Laimjala_vallavalitsus, lk 37
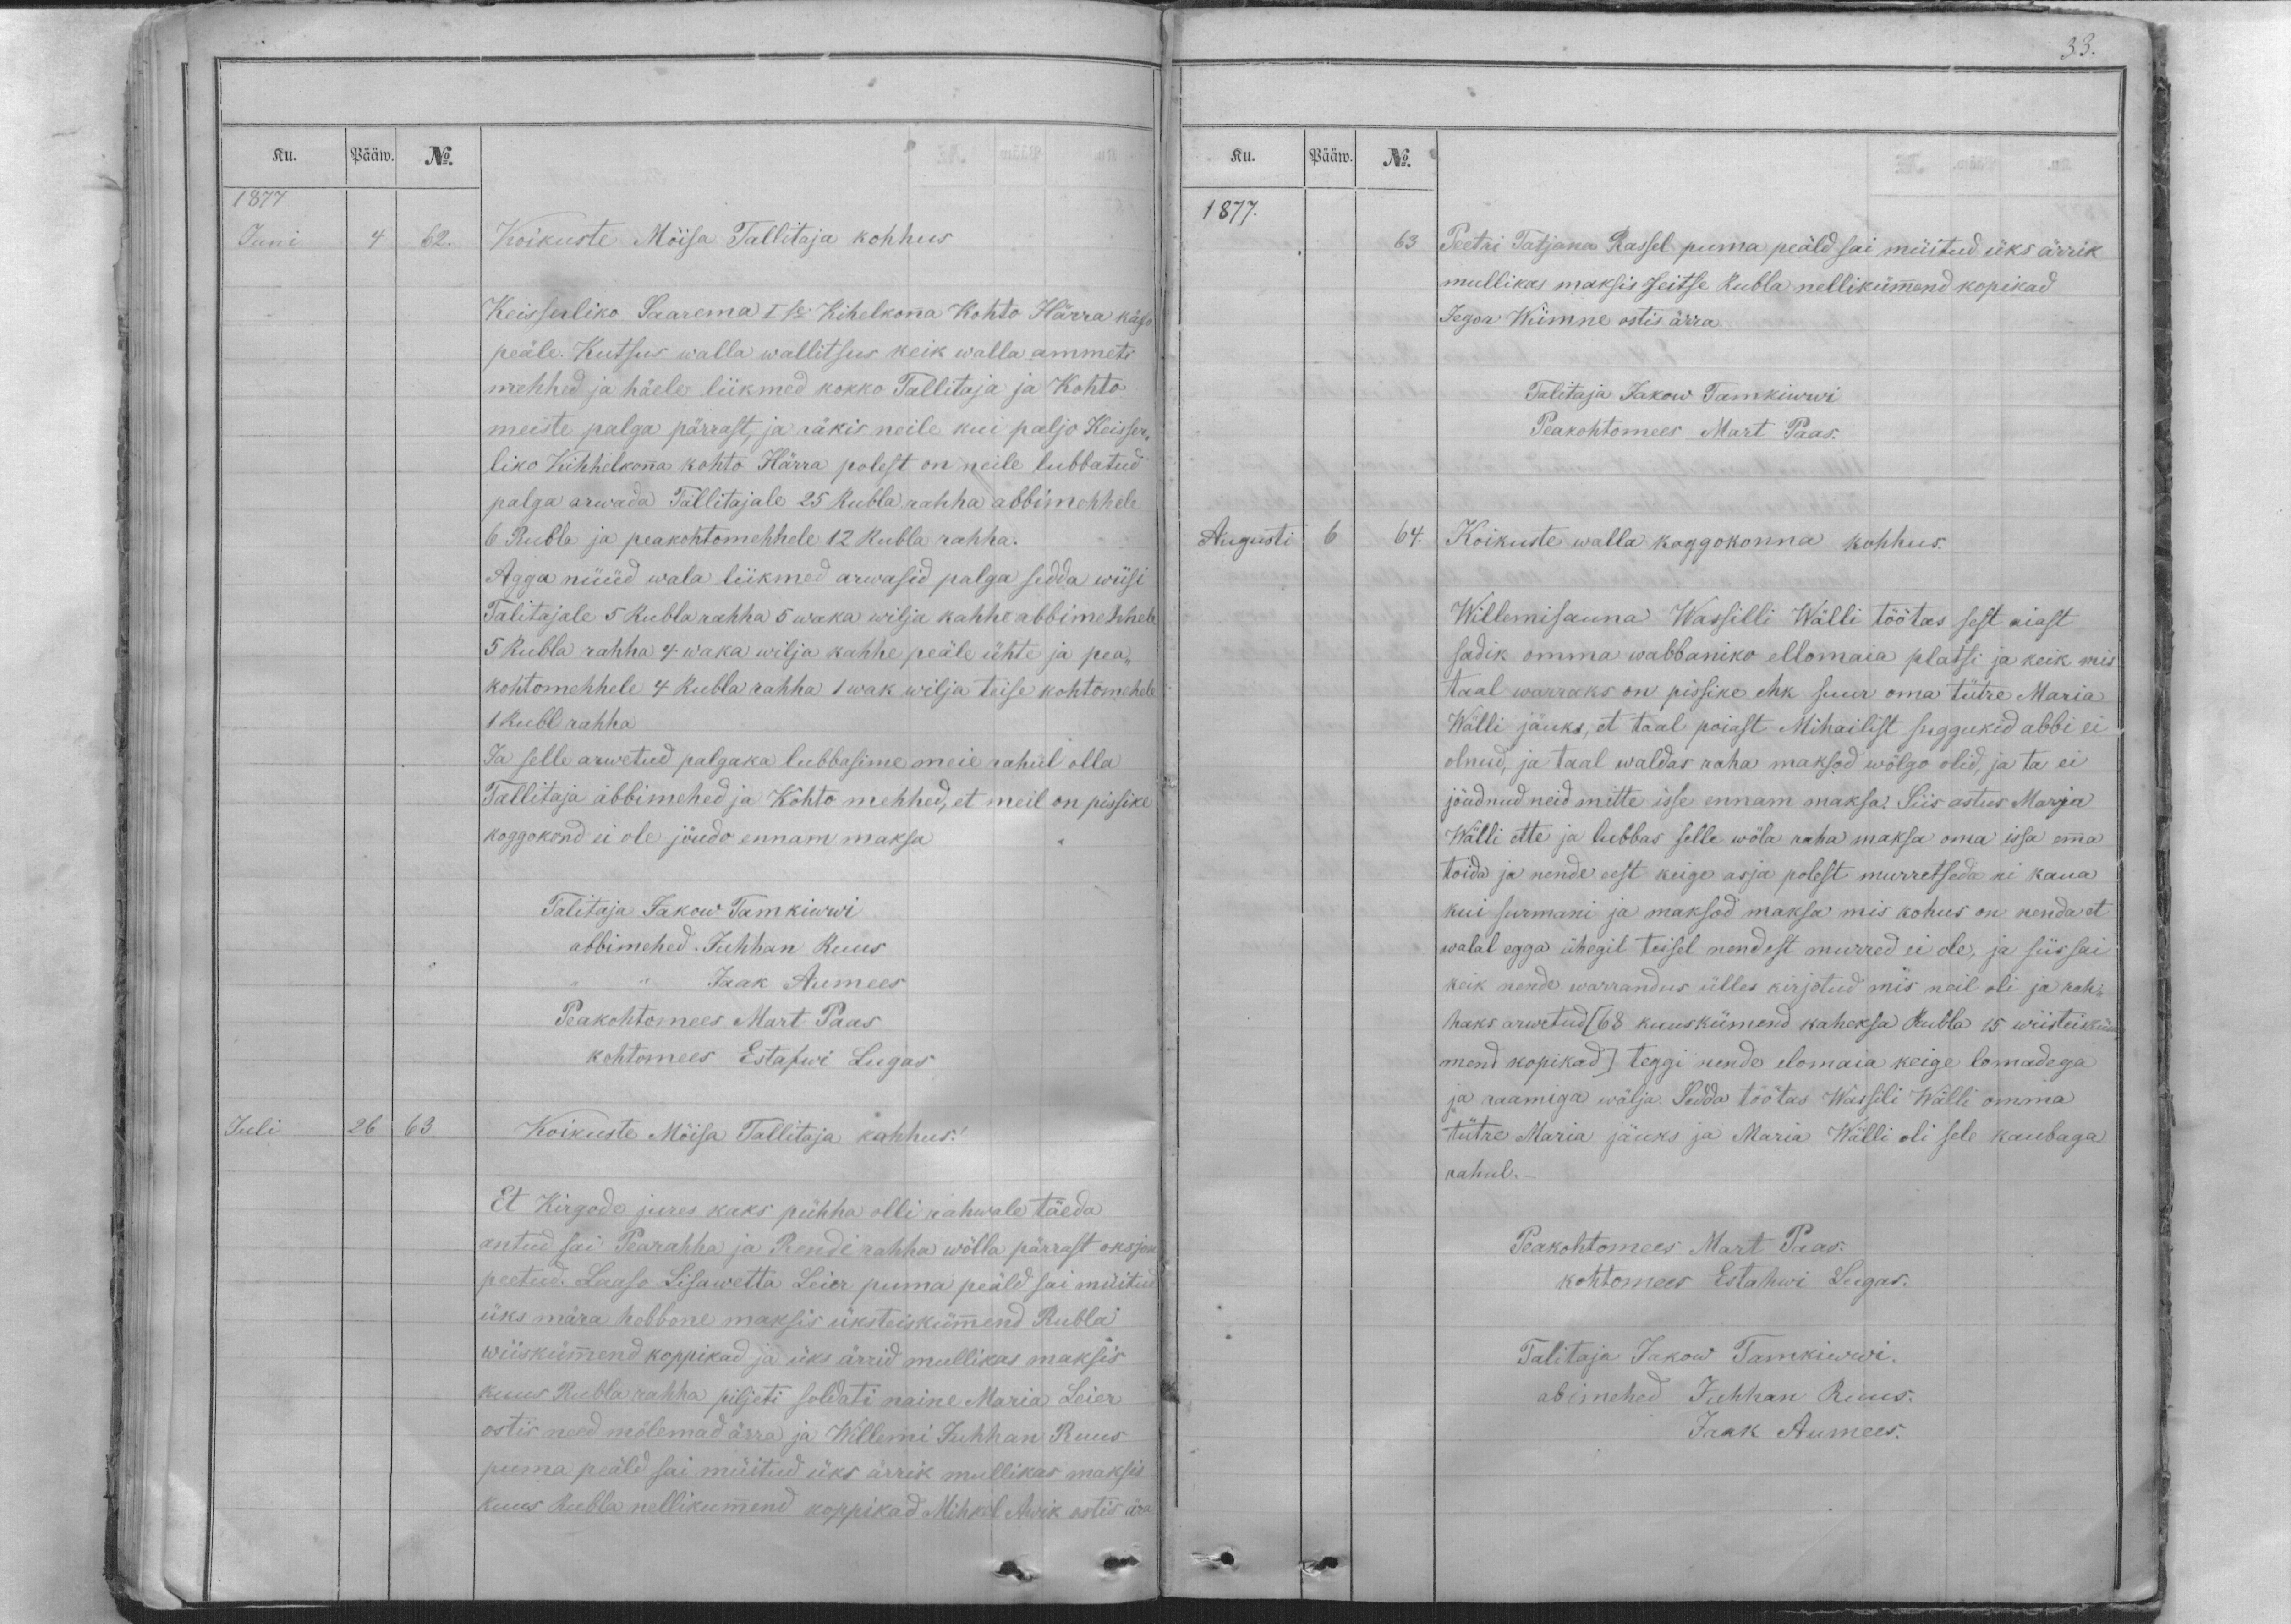
Ku.
Pääw.
No.
1877
Juni
4
62.
Koikuste Möisa Tallitaja kohhus
Keisserliko Saarema I se Kihelkonna Kohto Härra käso
peäle. Kutsus walla wallitsus keik walla ammeti
mehhed ja häele liikmed kokko Tallitaja ja Kohto
meiste palga pärrast, ja räkis neile kui paljo Keisser-
liko Kihhelkonna kohto Härra polest on neile lubbatud
palga arwada Tallitajale 25 Rubla rahha abbimehhele
6 Rubla ja peakohtomehhele 12 Rubla rahha.
Agga nüüd wala liikmed arwasid palga sedda wiisi
Talitajale 5 Rubla rahha 5 waka wilja kahhe abbimehhele
5 Rubla rahha 4 waka wilja kahhe peäle ühte ja pea-
kohtomehhele 4 Rubla rahha 1 wak wilja teise kohtomehele
1 Rubl rahha
Ja selle arwetud palgaka lubbasime meie rahul olla
Tallitaja abbimehed ja kohto mehhed, et meil on pissike
koggokond ei ole jöudo ennam maksa
Talitaja Jakow Tamkiwwi
abbimehed Juhhan Ruus
,, ,, Jaak Aumees
Peakohtomees Mart Paas
kohtomees Estafwi Lugas
Juli
26
63
Koikuste Möisa Tallitaja kohhus!
Et Kirgode jures kaks pühha olli rahwale täeda
antud sai Pearahha ja Rendi rahha wölla pärrast oksjon
peetud. Laaso Lisawetta Leier puma peäld sai müitud
üks mära hobbone maksis üksteiskümmend Rubla
wiiskümmend koppikad ja üks ärrid mullikas maksis
kuus Rubla rahha piljeti soldati naine Maria Leier
ostis need mölemad ärra ja Willemi Juhhan Ruus
puma peäld sai müitud üks ärrik mullikas maksis
kuus Rubla nellikummend koppikad Mihkel Awik ostis ära

33.
Ku.
Pääw.
No.
1877.
63
Peetri Tatjana Rassel puma peäld sai müitud üks ärrik
mullikas maksis seitse Rubla nellikümmend kopikad
Jegor Wiimne ostis ärra.
Talitaja Jakow Tamkiwwi
Peakohtomees Mart Paas.
Augusti
6
64.
Koikuste walla koggokonna kohhus.
Willemisauna Wassilli Wälli töötas sest aiast
sadik omma wabbaniko ellomaia platsi ja keik mis
taal warraks on pissike ehk suur oma tütre Maria
Wälli jäuks, et taal poiast Mihailist suggukid abbi ei
olnud, ja taal waldas raha maksod wölgo olid, ja ta ei
jöudnud neid mitte isse ennam maksa. Siis astus Marja
Wälli ette ja lubbas selle wöla raha maksa oma issa emma
toida ja nende eest keige asja polest murretseda ni kaua
kui surmani ja maksod maksa mis kohus on nenda et
walal egga ühegil teisel nendest murred ei ole, ja siis sai
keik nende warrandus ülles kirjotud mis neil oli ja rah-
haks arwetud (68 kuuskümend kaheksa Rubla 15 wiisteisküm-
mend kopikad) teggi nende elomaia keige lomadega
ja raamiga wälja. Sedda töötas Wassili Wälli omma
tütre Maria jäuks ja Maria Wälli oli sele kaubaga
rahul._
Peakohtomees Mart Paas.
kohtomees Estahwi Lugas.
Talitaja Jakow Tamkiwwi.
abimehed Juhhan Ruus.
Jaak Aumees.